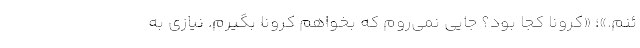
ئنم.»؛ «کرونا کجا بود؟ جایی نمی‌روم که بخواهم کرونا بگیرم. نیازی به